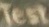
Test